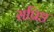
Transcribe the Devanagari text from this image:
सप्रिङ